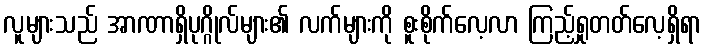
လူများသည် အာဏာရှိပုဂ္ဂိုလ်များ၏ လက်များကို စူးစိုက်လေ့လာ ကြည့်ရှုတတ်လေ့ရှိရာ